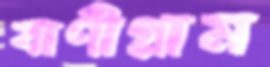
বাণীগ্রাম